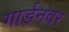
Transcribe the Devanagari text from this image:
गार्डनवर